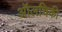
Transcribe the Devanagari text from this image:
ऑलचिकी